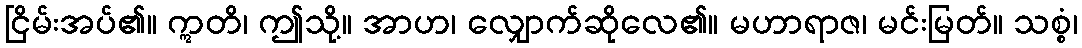
ငြိမ်းအပ်၏။ ဣတိ၊ ဤသို့။ အာဟ၊ လျှောက်ဆိုလေ၏။ မဟာရာဇ၊ မင်းမြတ်။ သစ္စံ၊